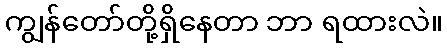
ကျွန်တော်တို့ရှိနေတာ ဘာ ရထားလဲ။